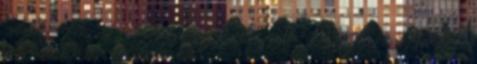
Felháborító 5 Hagyomány 2 Igaz történet 20 Tanulságos 2